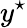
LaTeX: y^{\star}